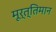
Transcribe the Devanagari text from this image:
मूर्त्तिमान